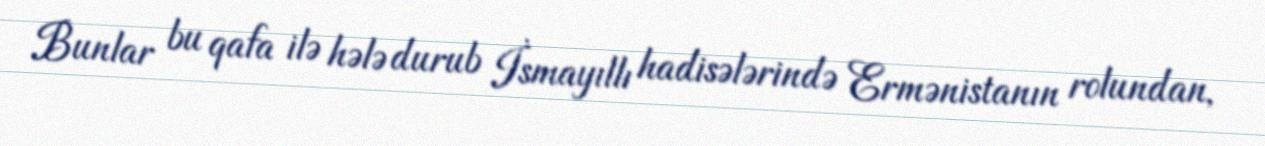
Bunlar bu qafa ilə hələ durub İsmayıllı hadisələrində Ermənistanın rolundan,